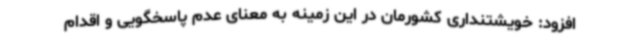
افزود: خویشتنداری کشورمان در این زمینه به معنای عدم پاسخگویی و اقدام